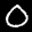
Label: 0